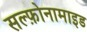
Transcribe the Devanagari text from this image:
सल्‍फ़ोनामाइड